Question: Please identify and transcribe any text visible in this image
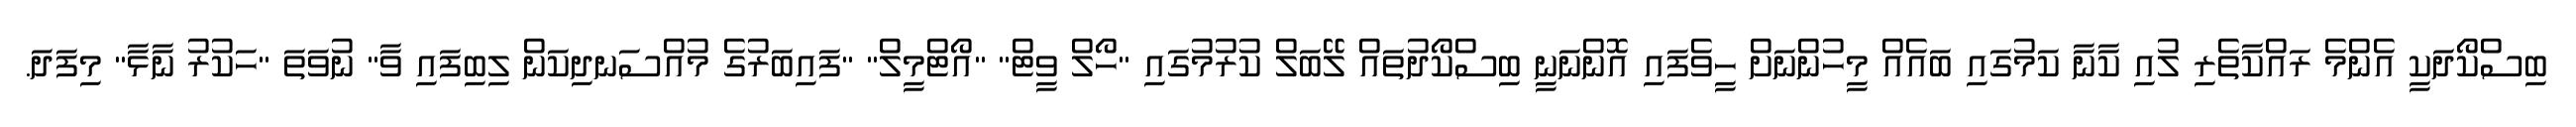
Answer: ބިސްކޯދަކީ އެންމެ ރައްކާތެރި ލުއި ކާނާ ކަމުގައި ބައެއް މީހުންނަށް ހީވެފައި އޮންނަނީ ބިސްކޯދުތައް ލޭބަލް ކުރުމުގައި "ހޯލް ވީޓް" "އޯޓްމީލް" "ފައިބަރުގެ މުއްސަނދިކަން ލިބިފައި ވާ" ނުވަތަ "ހަކުރު ނާޅާ" މިފަދަ.